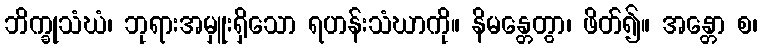
ဘိက္ခုသံဃံ၊ ဘုရားအမှူးရှိသော ရဟန်းသံဃာကို။ နိမန္တေတွာ၊ ဖိတ်၍။ အန္တော စ၊